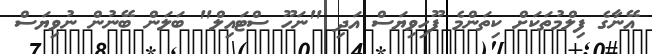
އޭނާގެ ފިލްމުތަކަށް ކިތަންމެ ފޫހިވިޔަސް އަދި "ނަހޫ ސްޓައިލް" ބަލަން ބޭނުން ނުވިޔަސް